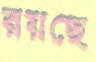
রয়ছে